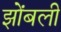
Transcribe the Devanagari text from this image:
झोंबली